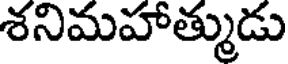
శనిమహాత్ముడు